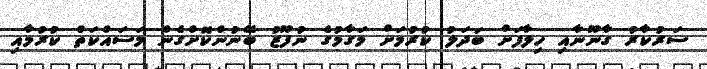
ސަރުކާރު ގާނޫނާއި ހިލާފަށް ބަދަލު ކުރުމަށް މަގާމުގެ ނުފޫޒު ބޭނުންކޮށްގެން މަސައްކަތް ކުުރުމާއި